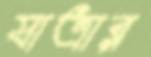
যাত্রার